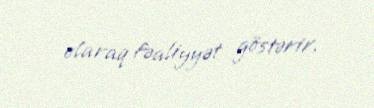
olaraq fəaliyyət göstərir.